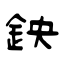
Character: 鉠